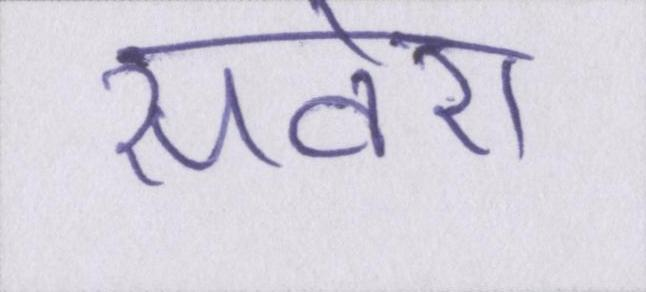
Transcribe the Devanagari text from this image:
सवेरा